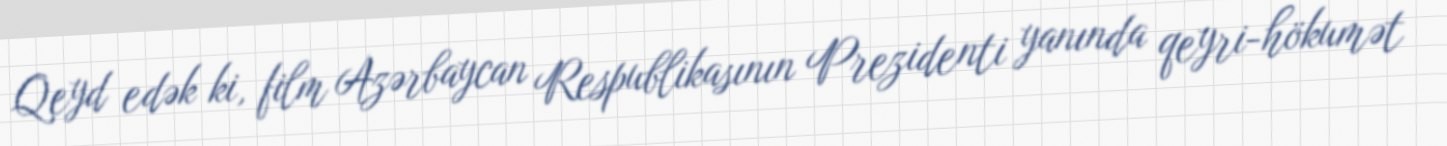
Qeyd edək ki, film Azərbaycan Respublikasının Prezidenti yanında qeyri-hökumət